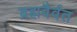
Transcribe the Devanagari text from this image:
ब्रह्मवैर्वत